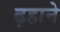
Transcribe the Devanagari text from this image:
ढ़हाने